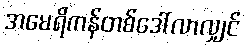
အမေရိကန်တစ်ဒေါ်လာလျှင်